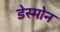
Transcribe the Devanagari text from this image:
डेस्मोन